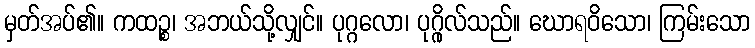
မှတ်အပ်၏။ ကထဉ္စ၊ အဘယ်သို့လျှင်။ ပုဂ္ဂလော၊ ပုဂ္ဂိုလ်သည်။ ဃောရဝိသော၊ ကြမ်းသော